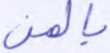
بالمن